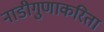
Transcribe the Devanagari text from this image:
नाडीगुणाकरिता